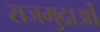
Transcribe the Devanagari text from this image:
राजमुद्राओं